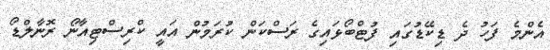
އެންމެ ފަހު ދެ ޑިކޭޑުގައި ފުޓްބޯޅައިގެ ރަސްކަން ކުރަމުން އައީ ކްރިސްޓިއާނޯ ރޮނާލްޑޯ